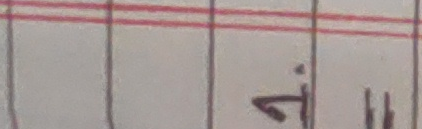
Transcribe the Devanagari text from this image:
४.